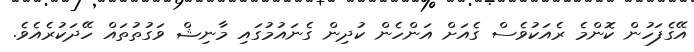
އޭގެފަހުން ކޮންމެ ރެއަކުވެސް ގެއަށް އަންހެން ކުދިން ގެނައުމުގައި މާނިޝް ވަގުތުތައް ހޭދަކުރެއެވެ.